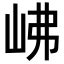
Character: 𡶒